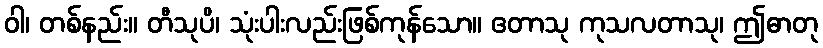
ဝါ၊ တစ်နည်း။ တီသုပိ၊ သုံးပါးလည်းဖြစ်ကုန်သော။ ဧတာသု ကုသလတာသု၊ ဤဓာတု